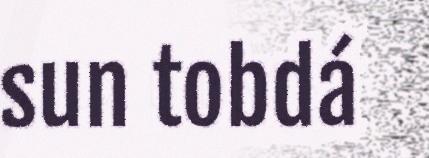
sun tobdá